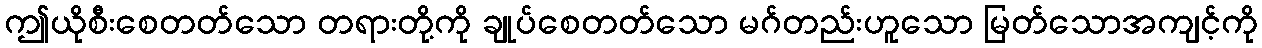
ဤယိုစီးစေတတ်သော တရားတို့ကို ချုပ်စေတတ်သော မဂ်တည်းဟူသော မြတ်သောအကျင့်ကို